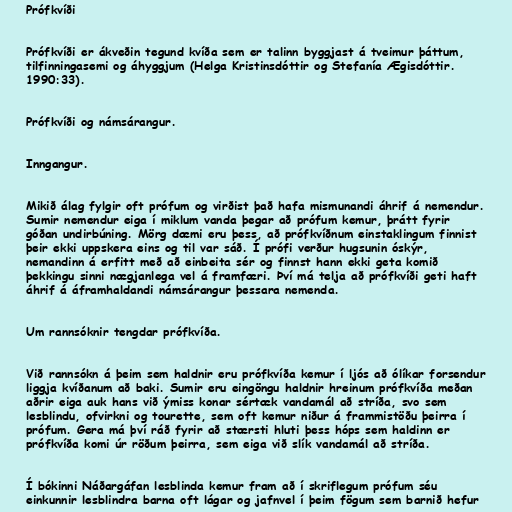
Prófkvíði

Prófkvíði er ákveðin tegund kvíða sem er talinn byggjast á tveimur þáttum,
tilfinningasemi og áhyggjum (Helga Kristinsdóttir og Stefanía Ægisdóttir.
1990:33).

Prófkvíði og námsárangur.

Inngangur.

Mikið álag fylgir oft prófum og virðist það hafa mismunandi áhrif á nemendur.
Sumir nemendur eiga í miklum vanda þegar að prófum kemur, þrátt fyrir
góðan undirbúning. Mörg dæmi eru þess, að prófkvíðnum einstaklingum finnist
þeir ekki uppskera eins og til var sáð. Í prófi verður hugsunin óskýr,
nemandinn á erfitt með að einbeita sér og finnst hann ekki geta komið
þekkingu sinni nægjanlega vel á framfæri. Því má telja að prófkvíði geti haft
áhrif á áframhaldandi námsárangur þessara nemenda.

Um rannsóknir tengdar prófkvíða.

Við rannsókn á þeim sem haldnir eru prófkvíða kemur í ljós að ólíkar forsendur
liggja kvíðanum að baki. Sumir eru eingöngu haldnir hreinum prófkvíða meðan
aðrir eiga auk hans við ýmiss konar sértæk vandamál að stríða, svo sem
lesblindu, ofvirkni og tourette, sem oft kemur niður á frammistöðu þeirra í
prófum. Gera má því ráð fyrir að stærsti hluti þess hóps sem haldinn er
prófkvíða komi úr röðum þeirra, sem eiga við slík vandamál að stríða.

Í bókinni Náðargáfan lesblinda kemur fram að í skriflegum prófum séu
einkunnir lesblindra barna oft lágar og jafnvel í þeim fögum sem barnið hefur